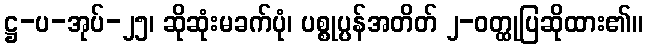
ဋ္ဌ-ပ-အုပ်-၂၅၊ ဆိုဆုံးမခက်ပုံ၊ ပစ္စုပ္ပန်အတိတ် ၂-ဝတ္ထုပြဆိုထား၏။